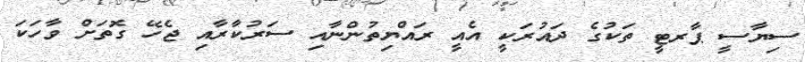
ސިޔާސީ ޕާރޓީ ތަކުގެ ދައުރަކީ އެއީ ރައްޔިތުންނާއި ސަރުކާރާއި ޖެހޭ ގޮތަށް ވާހަކަ